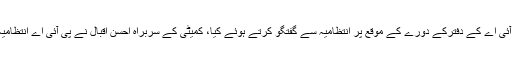
ان خیالات کا اظہار انہوں نے کراچی میں پی آئی اے کے دفترکے دورے کے موقع پر انتظامیہ سے گفتگو کرتے ہوئے کیا، کمیٹی کے سربراہ احسن اقبال نے پی آئی اے انتظامیہ کے بعد یونین کے وفد سے بھی ملاقات کی۔